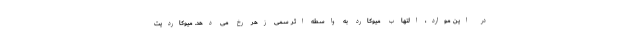
در این موارد، التهاب میوکارد به واسطه اثر سمی زهر رخ می دهد. میوکاردیت